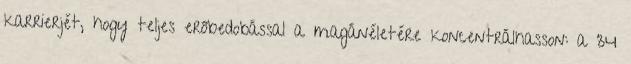
karrierjét, hogy teljes erőbedobással a magánéletére koncentrálhasson: a 34